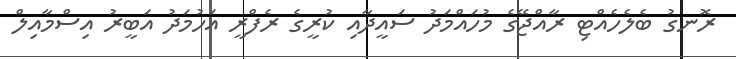
ރޮނގު ބެލެހެއްޓި ރާއްޖޭގެ މުހައްމަދު ސައީދާއި ކުރީގެ ރެފްރީ އަހުމަދު އަބީރު އިސްމާއިލް